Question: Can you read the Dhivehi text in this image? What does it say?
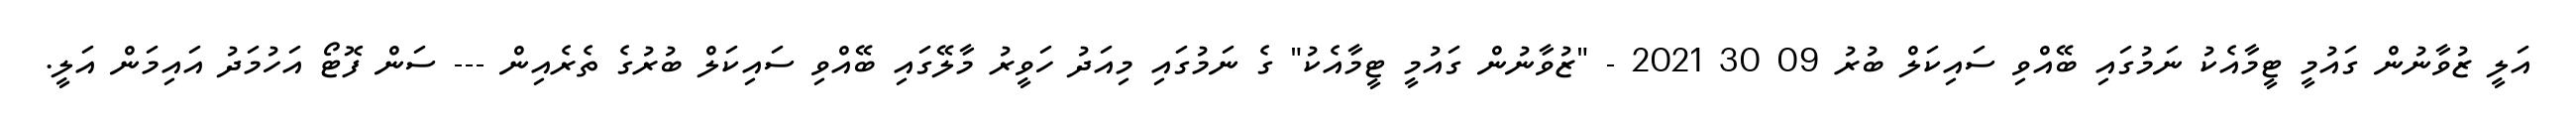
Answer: އަލީ ޒުވާނުން ގައުމީ ޓީމާއެކު ނަމުގައި ބޭއްވި ސައިކަލް ބުރު 09 30 2021 - "ޒުވާނުން ގައުމީ ޓީމާއެކު" ގެ ނަމުގައި މިއަދު ހަވީރު މާލޭގައި ބޭއްވި ސައިކަލް ބުރުގެ ތެރެއިން --- ސަން ފޮޓޯ އަހުމަދު އައިމަން އަލީ.